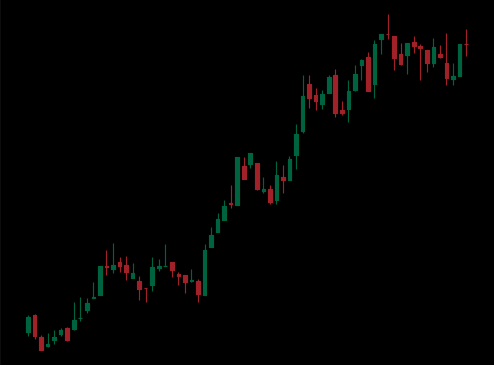
Pattern: bear_flag